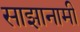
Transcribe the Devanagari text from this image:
साझानामी